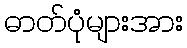
ဓာတ်ပုံများအား